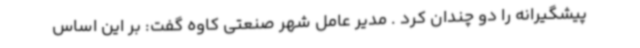
پیشگیرانه را دو چندان کرد . مدیر عامل شهر صنعتی کاوه گفت: بر این اساس